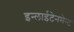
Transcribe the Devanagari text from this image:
इन्लाईटेनमेन्ट